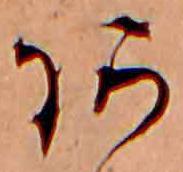
あ